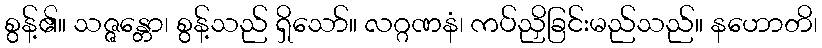
စွန့်၏။ သဇ္ဇန္တော၊ စွန့်သည် ရှိသော်။ လဂ္ဂဏနံ၊ ကပ်ညှိခြင်းမည်သည်။ နဟောတိ၊